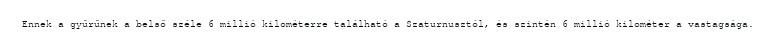
Ennek a gyűrűnek a belső széle 6 millió kilométerre található a Szaturnusztól, és szintén 6 millió kilométer a vastagsága.